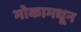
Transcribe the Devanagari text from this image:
भोकामधून